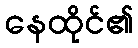
နေထိုင်၏